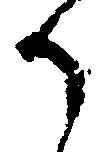
か